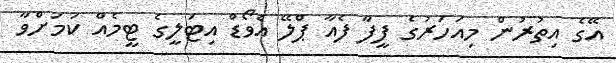
އޭގެ އިތުރުން މިއަހަރުގެ ފީފާ ފެއާ ޕްލޭ އެވޯޑް އިޓަލީގެ ޓީމެއް ކަމަށްވާ